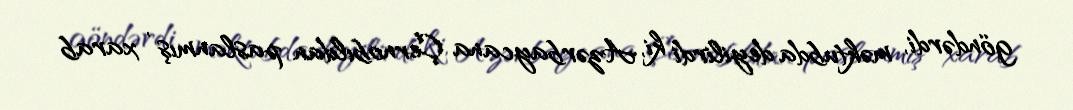
göndərdi, məktubda deyilirdi ki, Azərbaycana Çernobıldan paslanmış , xarab